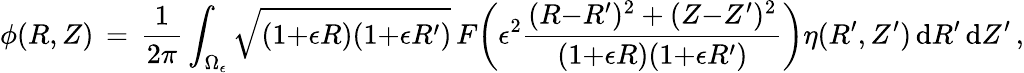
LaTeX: \phi(R,Z)\, =\, \frac{1}{2\pi}\int_{\Omega_{\epsilon}}\sqrt{(1{+}\epsilon R)(1{+}\epsilon R^{\prime})}\, F\biggl(\epsilon^{2}\frac{(R{-}R^{\prime})^{2}+(Z{-}Z^{\prime})^{2}}{(1{+}\epsilon R)(1{+}\epsilon R^{\prime})}\biggr)\eta(R^{\prime},Z^{\prime})\, \mathrm{d}R^{\prime}\, \mathrm{d}Z^{\prime}\, ,